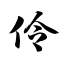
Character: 伶